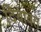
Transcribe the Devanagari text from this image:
दिवावत